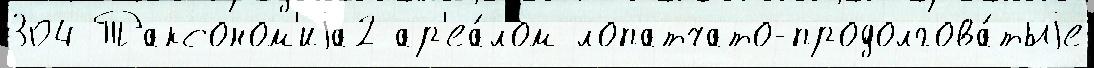
304 Таксоном'иjа2 ар'еа́лом лопатчато-продолгова́тыjе